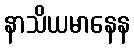
နာသိယမာနေန